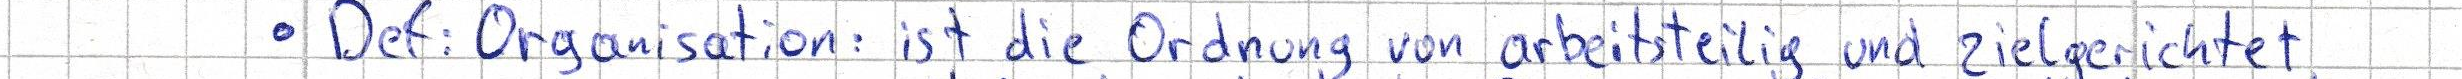
- Def: Organisation: ist die Ordnung von arbeitsteilig und zielgerichtet